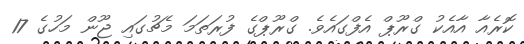
ކޮރެއާ އާއެކު ގްރޫޕް އެފްގައެވެ. ގްރޫޕްގެ ފުރަތަމަ މެޗުގައި ޖޫން މަހުގެ 17